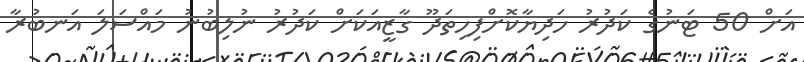
އަށް 50 ޓަނުގެ ކަދުރު ހަދިޔާކޮށްފިހިތަދޫ ގާޒީއަކަށް ކަދުރު ނުލިބުނު މައްސަލަ އަނބުރާ